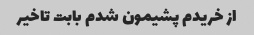
از خریدم پشیمون شدم بابت تاخیر